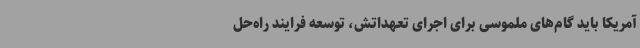
آمریکا باید گام‌های ملموسی برای اجرای تعهداتش، توسعه فرایند راه‌حل